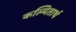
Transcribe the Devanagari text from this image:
कल्पितार्थ